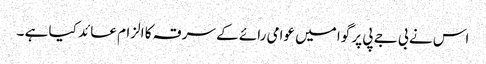
اس نے بی جے پی پر گوا میں عوامی رائے کے سرقہ کا الزام عائد کیا ہے ۔